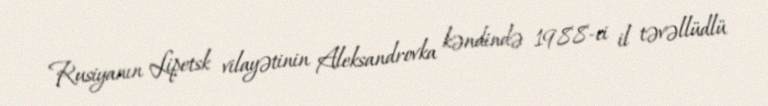
Rusiyanın Lipetsk vilayətinin Aleksandrovka kəndində 1988-ci il təvəllüdlü